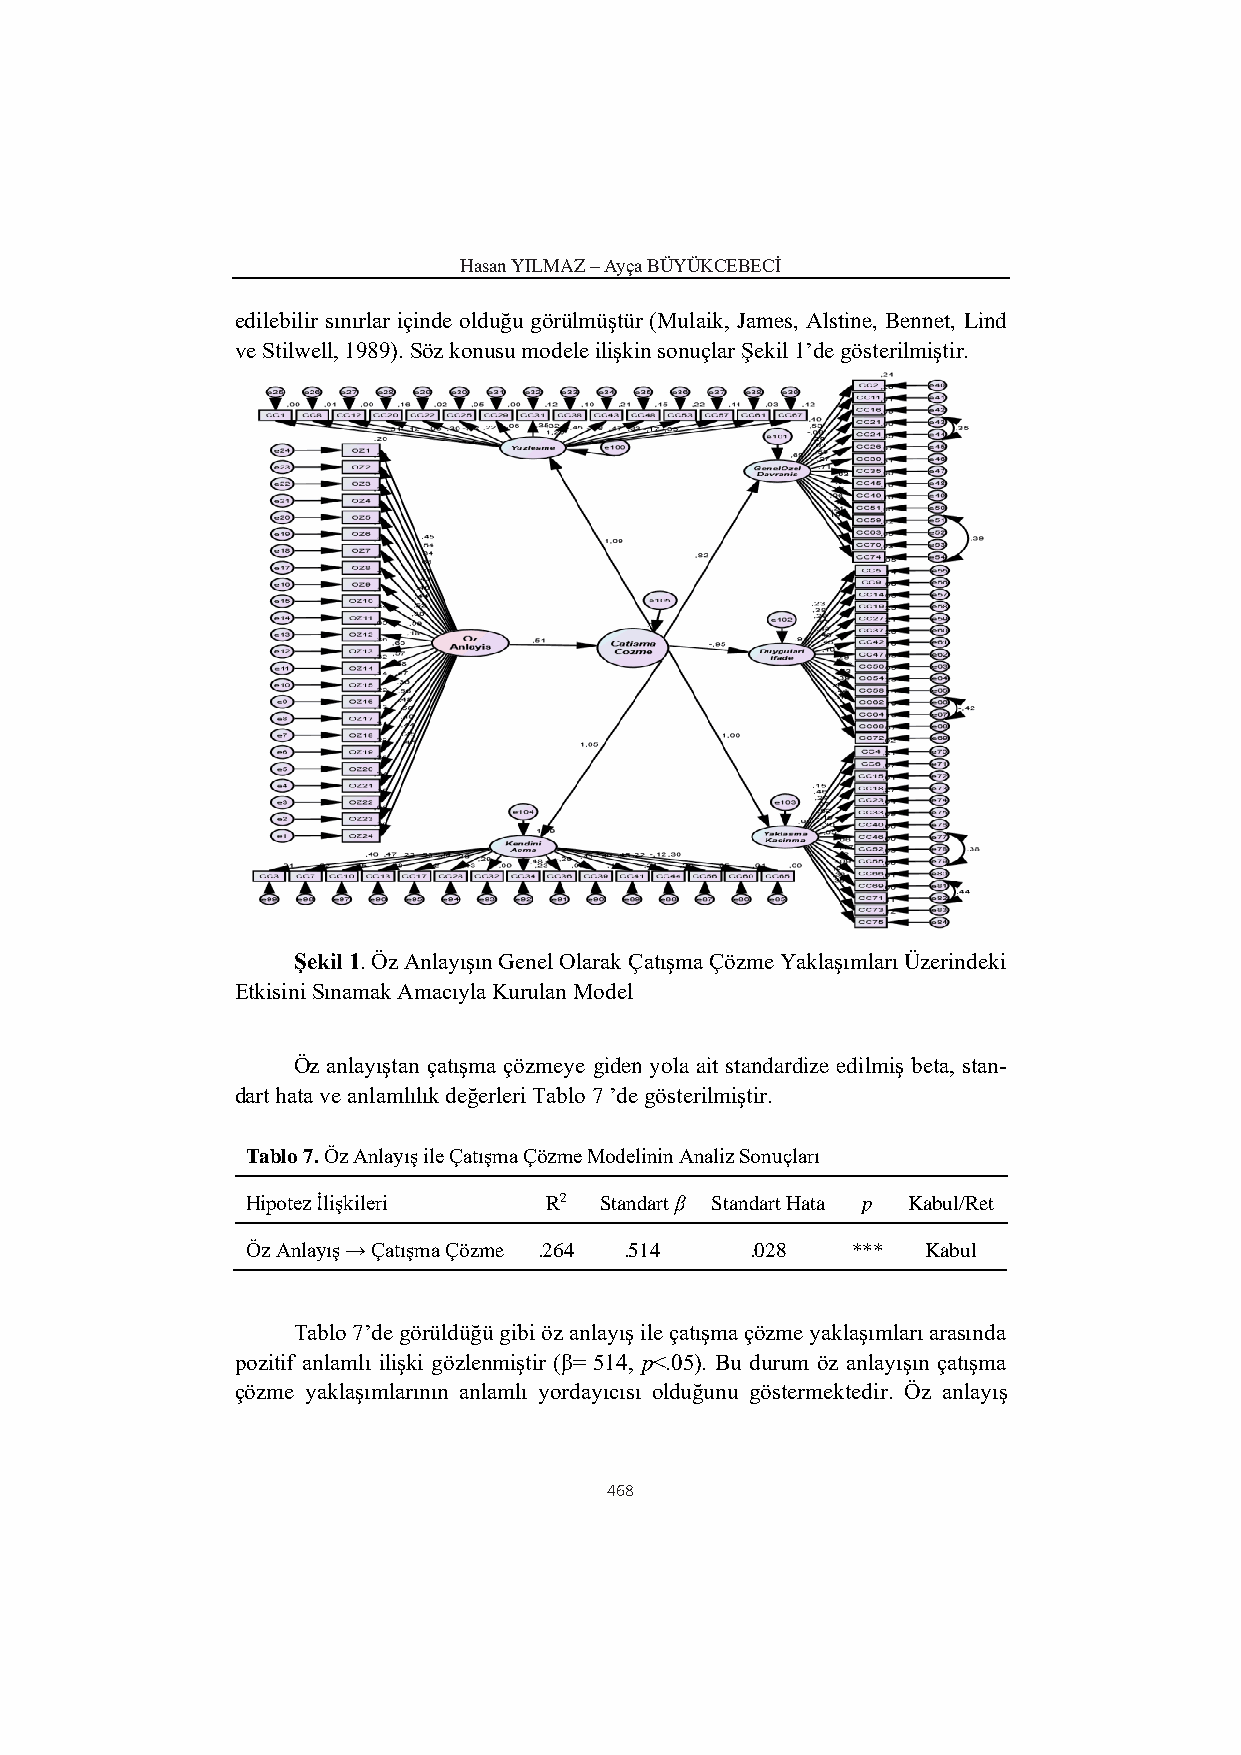
Hasan YILMAZ – Ayça BÜYÜKCEBECİ
 edilebilir sınırlar içinde olduğu görülmüştür (Mulaik, James, Alstine, Bennet, Lind
 ve Stilwell, 1989). Söz konusu modele ilişkin sonuçlar Şekil 1’de gösterilmiştir.
 Şekil 1. Öz Anlayışın Genel Olarak Çatışma Çözme Yaklaşımları Üzerindeki
 Etkisini Sınamak Amacıyla Kurulan Model
 Öz anlayıştan çatışma çözmeye giden yola ait standardize edilmiş beta, stan-
 dart hata ve anlamlılık değerleri Tablo 7 ’de gösterilmiştir.
 Tablo 7. Öz Anlayış ile Çatışma Çözme Modelinin Analiz Sonuçları
 Hipotez İlişkileri  R2  Standart β Standart Hata p Kabul/Ret
 Öz Anlayış → Çatışma Çözme .264 .514 .028 *** Kabul
 Tablo 7’de görüldüğü gibi öz anlayış ile çatışma çözme yaklaşımları arasında
 pozitif anlamlı ilişki gözlenmiştir (β= 514, p<.05). Bu durum öz anlayışın çatışma
 çözme yaklaşımlarının anlamlı yordayıcısı olduğunu göstermektedir. Öz anlayış
 468